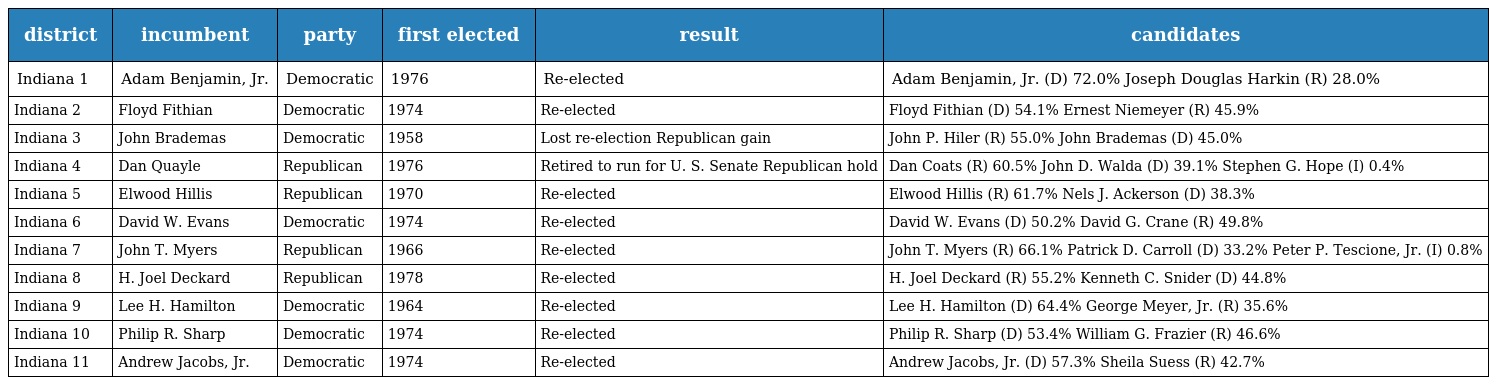
| district | incumbent | party | first elected | result | candidates |
 | --- | --- | --- | --- | --- | --- |
 | Indiana 1 | Adam Benjamin, Jr. | Democratic | 1976 | Re-elected | Adam Benjamin, Jr. (D) 72.0% Joseph Douglas Harkin (R) 28.0% |
 | Indiana 2 | Floyd Fithian | Democratic | 1974 | Re-elected | Floyd Fithian (D) 54.1% Ernest Niemeyer (R) 45.9% |
 | Indiana 3 | John Brademas | Democratic | 1958 | Lost re-election Republican gain | John P. Hiler (R) 55.0% John Brademas (D) 45.0% |
 | Indiana 4 | Dan Quayle | Republican | 1976 | Retired to run for U. S. Senate Republican hold | Dan Coats (R) 60.5% John D. Walda (D) 39.1% Stephen G. Hope (I) 0.4% |
 | Indiana 5 | Elwood Hillis | Republican | 1970 | Re-elected | Elwood Hillis (R) 61.7% Nels J. Ackerson (D) 38.3% |
 | Indiana 6 | David W. Evans | Democratic | 1974 | Re-elected | David W. Evans (D) 50.2% David G. Crane (R) 49.8% |
 | Indiana 7 | John T. Myers | Republican | 1966 | Re-elected | John T. Myers (R) 66.1% Patrick D. Carroll (D) 33.2% Peter P. Tescione, Jr. (I) 0.8% |
 | Indiana 8 | H. Joel Deckard | Republican | 1978 | Re-elected | H. Joel Deckard (R) 55.2% Kenneth C. Snider (D) 44.8% |
 | Indiana 9 | Lee H. Hamilton | Democratic | 1964 | Re-elected | Lee H. Hamilton (D) 64.4% George Meyer, Jr. (R) 35.6% |
 | Indiana 10 | Philip R. Sharp | Democratic | 1974 | Re-elected | Philip R. Sharp (D) 53.4% William G. Frazier (R) 46.6% |
 | Indiana 11 | Andrew Jacobs, Jr. | Democratic | 1974 | Re-elected | Andrew Jacobs, Jr. (D) 57.3% Sheila Suess (R) 42.7% |